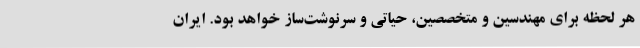
هر لحظه برای مهندسین و متخصصین، حیاتی و سرنوشت‌ساز خواهد بود. ایران